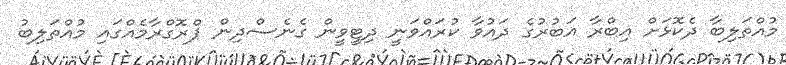
މުއްތަލިބާ ދެކޮޅަށް އިބްރާ އަބުރުގެ ދައުވާ ކުރައްވަނީ ދިޓީވީން ގެނެސްދިން ޕްރޮގްރާމެއްގައި މުއްތަލިބު